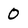
Character: 0